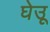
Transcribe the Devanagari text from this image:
घेउू